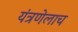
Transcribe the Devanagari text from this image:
यंत्रणेलाच